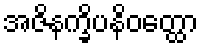
အဇိနက္ခိပနိဝတ္ထော